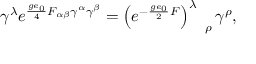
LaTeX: \gamma ^ { \lambda } e ^ { \frac { g e _ { 0 } } { 4 } F _ { \alpha \beta } \gamma ^ { \alpha } \gamma ^ { \beta } } = \left( e ^ { - \frac { g e _ { 0 } } { 2 } F } \right) _ { \quad \rho } ^ { \lambda } \gamma ^ { \rho } ,